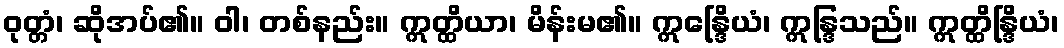
ဝုတ္တံ၊ ဆိုအပ်၏။ ဝါ၊ တစ်နည်း။ ဣတ္ထိယာ၊ မိန်းမ၏။ ဣန္ဒြေိယံ၊ ဣန္ဒြသည်။ ဣတ္ထိန္ဒြိယံ၊